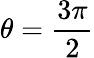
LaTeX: \theta={\frac{3\pi}{2}}